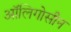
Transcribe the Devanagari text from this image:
ऑलिगोसीन